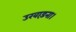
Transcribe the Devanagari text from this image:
उखाड़ना।